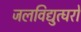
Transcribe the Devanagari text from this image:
जलविद्युत्घरों